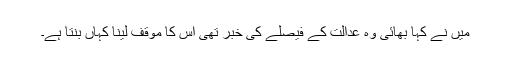
میں نے کہا بھائی وہ عدالت کے فیصلے کی خبر تھی اس کا موقف لینا کہاں بنتا ہے۔